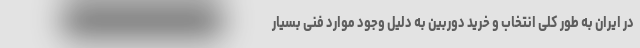
در ایران به طور کلی انتخاب و خرید دوربین به دلیل وجود موارد فنی بسیار